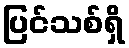
ပြင်သစ်ရှိ